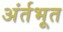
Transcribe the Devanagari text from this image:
अंर्तभूत